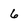
Character: 6